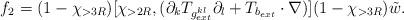
LaTeX: \begin{align*}f_2 = (1-\chi_{>3R}) [ \chi_{>2R}, (\partial_k T_{ g_{ext}^{kl}} \partial_l + T_{b_{ext}} \cdot\nabla)] (1-\chi_{> 3R}) \tilde w .\end{align*}